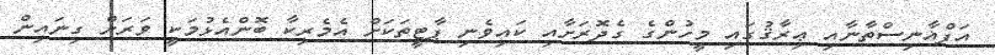
އަފްޣާނިސްތާނާއި ޢިރާޤުގައި މީހުންގެ ގެދޮރަށާއި ކައިވެނި ޕާޓީތަކަށް އެމެރިކާ ބޮންއެޅުމަކީ ވަރަށް ގިނައިން